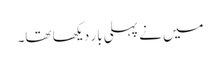
میں نے پہلی بار دیکھا تھا۔